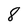
Character: 8